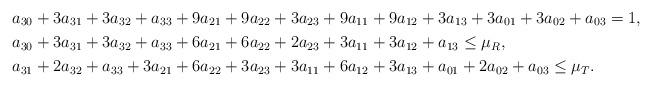
LaTeX: \begin{align*}&a_{30}+3a_{31}+3a_{32}+a_{33}+9a_{21}+9a_{22}+3a_{23}+9a_{11}+9a_{12}+3a_{13}+3a_{01}+3a_{02}+a_{03}=1, \\&a_{30}+3a_{31}+3a_{32}+a_{33}+6a_{21}+6a_{22}+2a_{23}+3a_{11}+3a_{12}+a_{13}\leq\mu_{R}, \\&a_{31}+2a_{32}+a_{33}+3a_{21}+6a_{22}+3a_{23}+3a_{11}+6a_{12}+3a_{13}+a_{01}+2a_{02}+a_{03}\leq\mu_{T}.\end{align*}